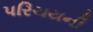
પરિચયની